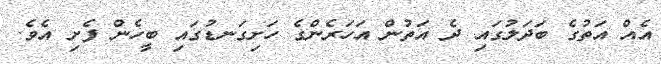
އެއް އަތުގެ ބަދަލުގައި ދެ އަތުން އަހަރެންގެ ހަށިގަނޑުގައި ބީހެން ފެށި އެވެ.